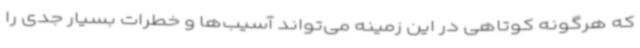
که هرگونه کوتاهی در این زمینه می‌تواند آسیب‌ها و خطرات بسیار جدی را